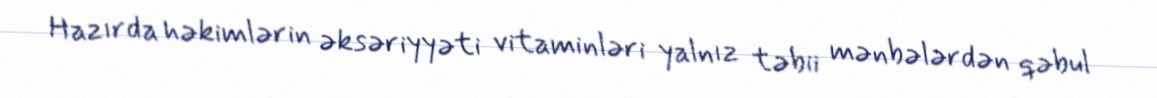
Hazırda həkimlərin əksəriyyəti vitaminləri yalnız təbii mənbələrdən qəbul